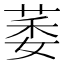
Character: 萎